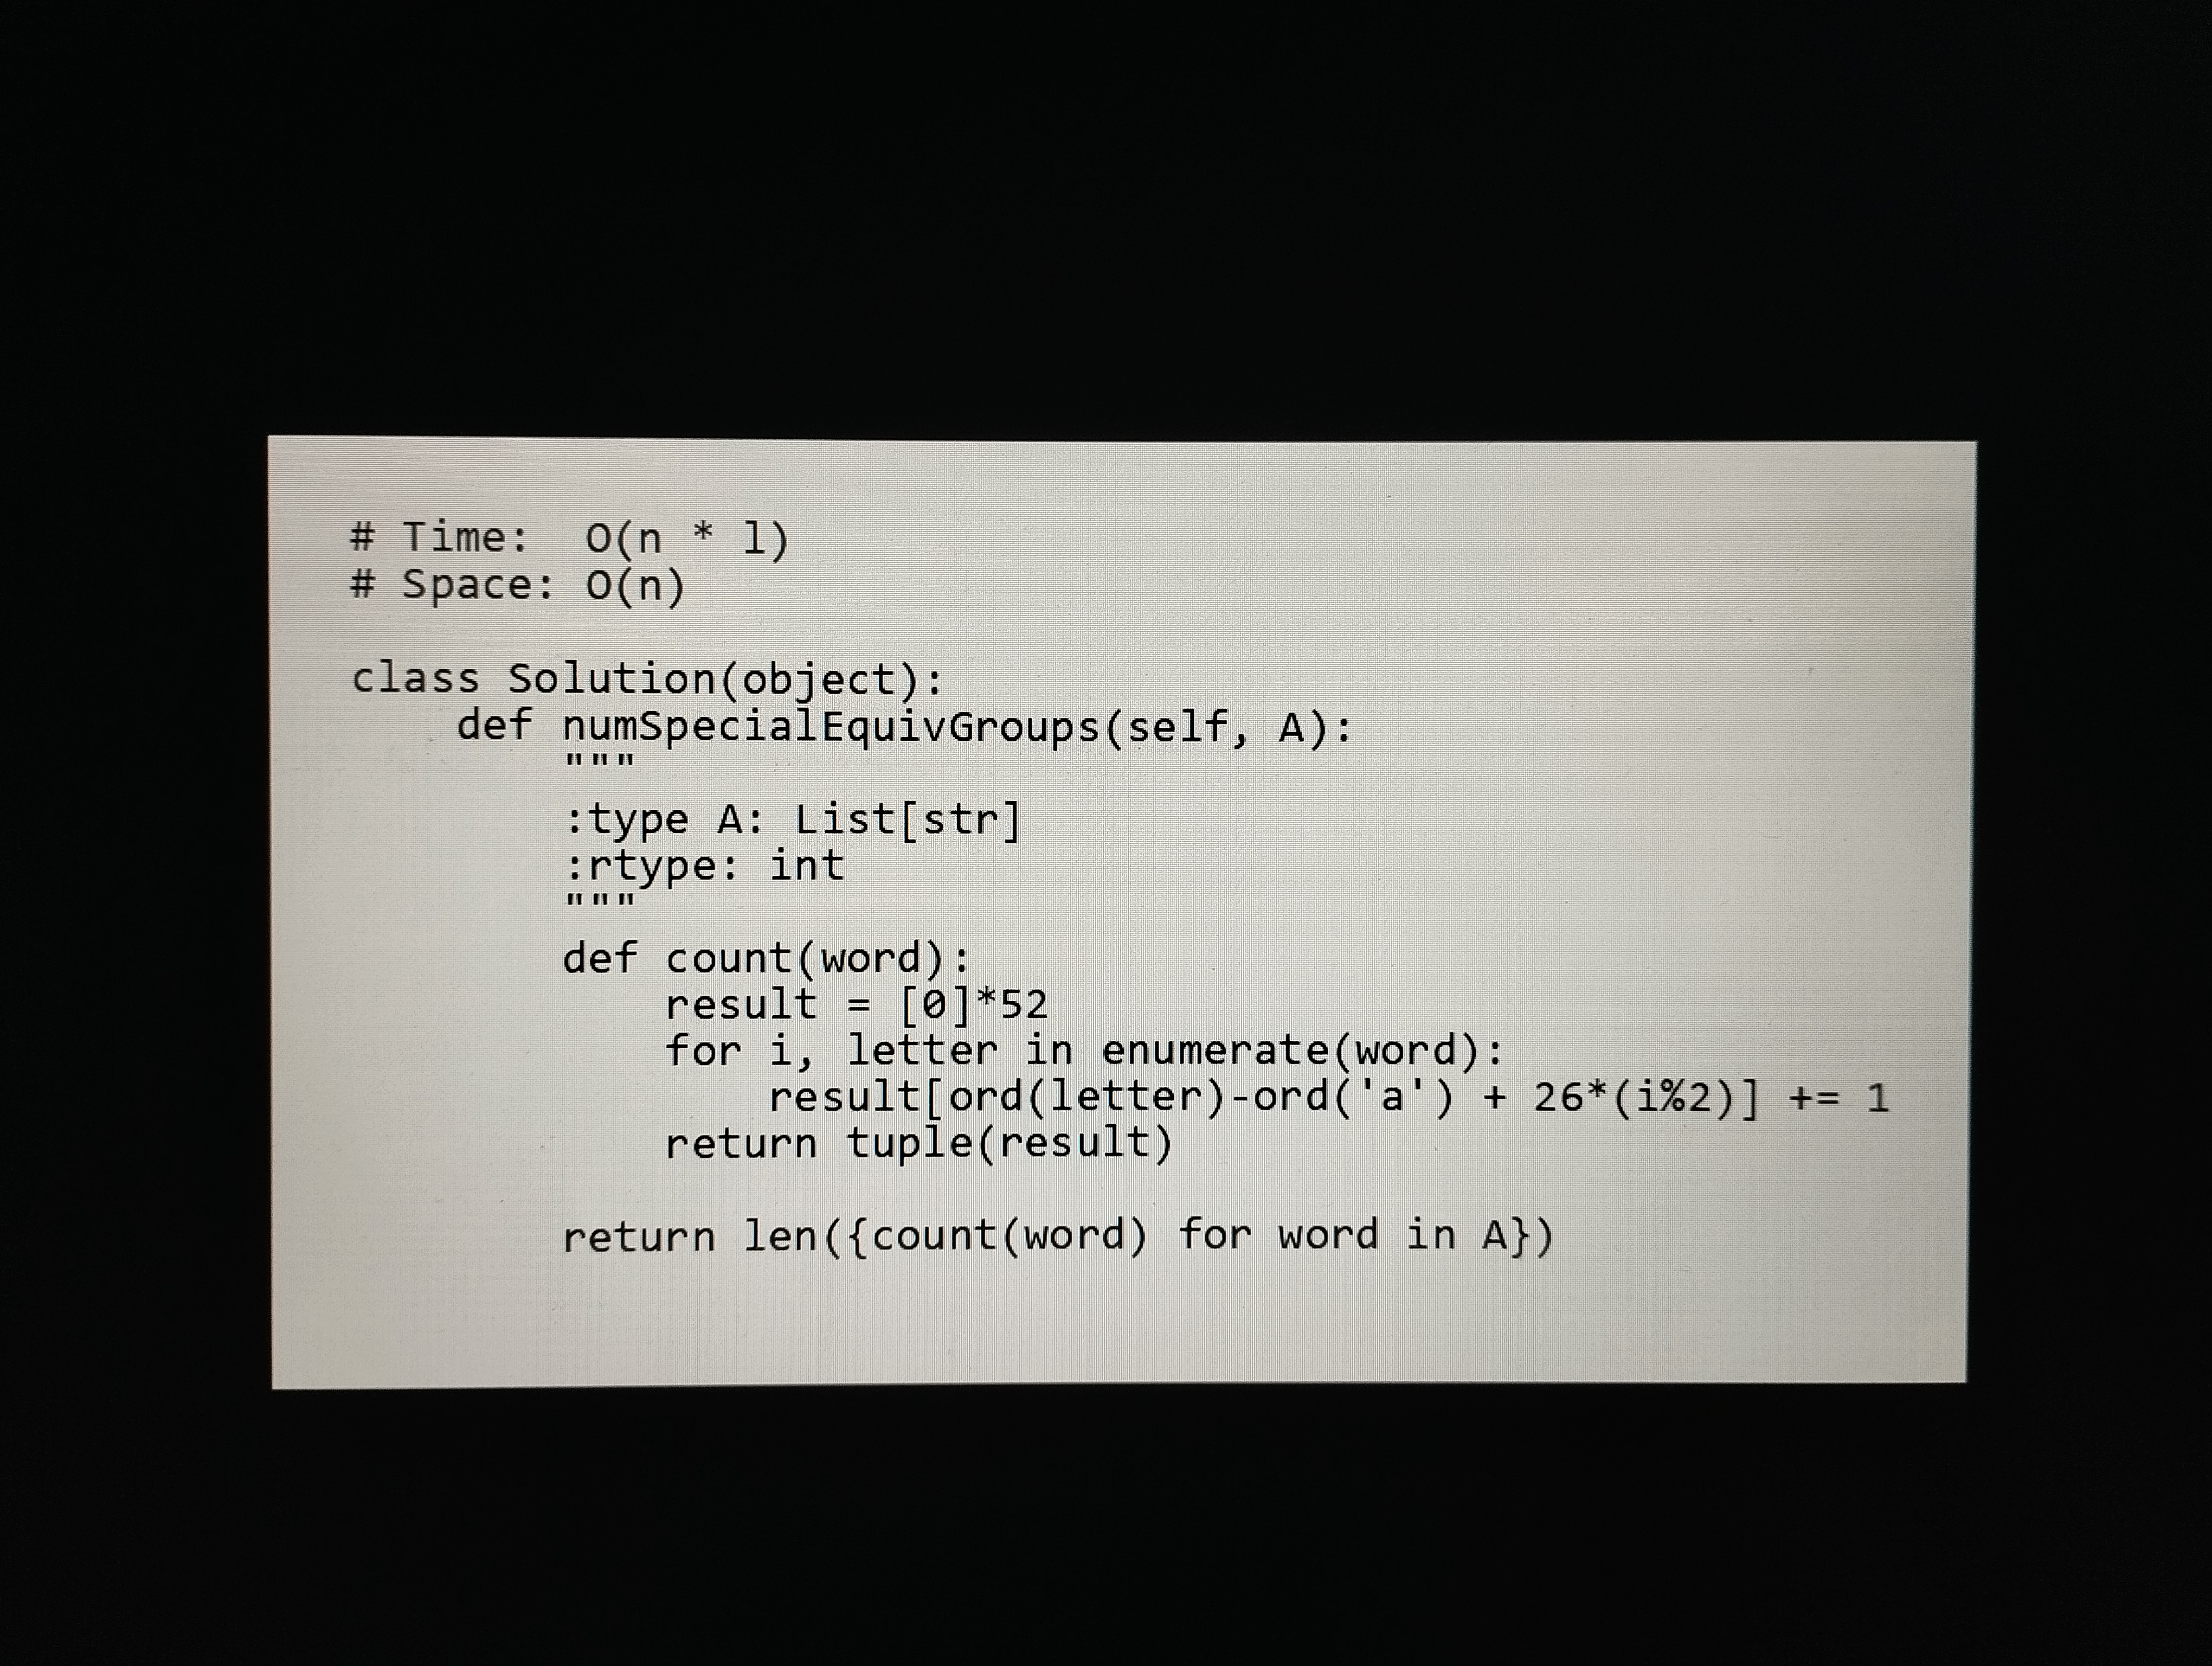
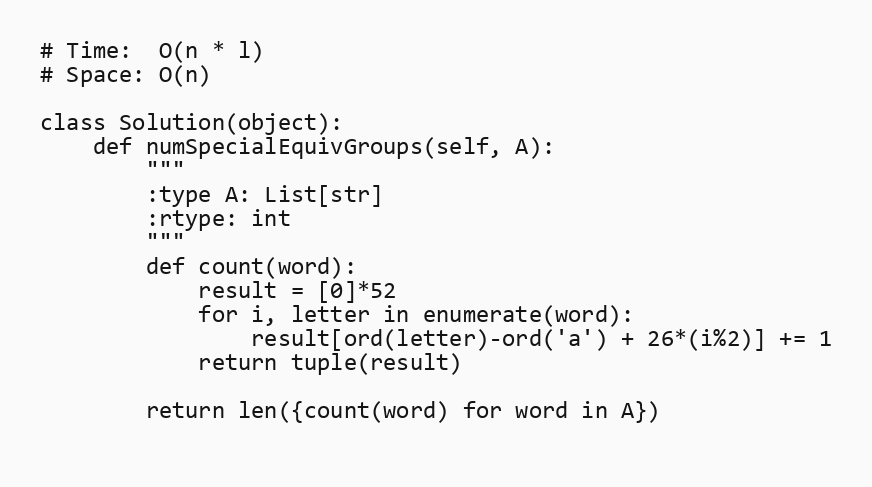
# Time:  O(n * l)
# Space: O(n)

class Solution(object):
    def numSpecialEquivGroups(self, A):
        """
        :type A: List[str]
        :rtype: int
        """
        def count(word):
            result = [0]*52
            for i, letter in enumerate(word):
                result[ord(letter)-ord('a') + 26*(i%2)] += 1
            return tuple(result)

        return len({count(word) for word in A})